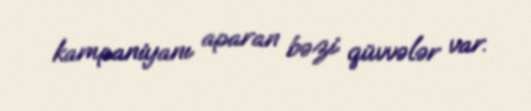
kampaniyanı aparan bəzi qüvvələr var.